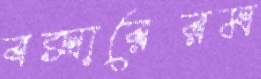
বক্সারেরম